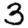
Digit: 3